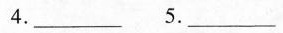
4. ___ 5. ___